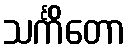
သင်္ကိတော